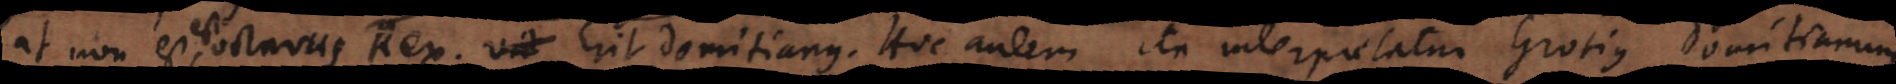
t, est octavus Rex. Vid Erit Domitianus. Hoc autem ita interpretatur Grotius Domitianum